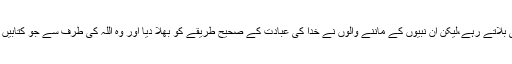
آپ ﷺسے پہلے جو نبی آئے، وہ بھی لوگوں کو اسلام کی طرف ہی بلاتے رہے،لیکن ان نبیوں کے ماننے والوں نے خدا کی عبادت کے صحیح طریقے کو بھلا دیا اور وہ اللہ کی طرف سے جو کتابیں لائے تھے، ان میں بہت سی باتیں اپنی طرف سے گھڑ کر ملادیں۔